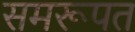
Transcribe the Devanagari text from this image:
समरूपत